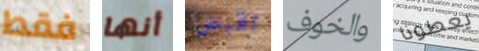
فقط أنها اقبض والخوف يعطونا